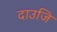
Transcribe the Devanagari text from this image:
दाउजि